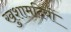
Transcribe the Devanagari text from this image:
खुशामदियों